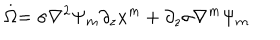
\stackrel { . } { \Omega } = \sigma \nabla ^ { 2 } \Psi _ { m } \partial _ { z } x ^ { m } + \partial _ { z } \sigma \nabla ^ { m } \Psi _ { m }